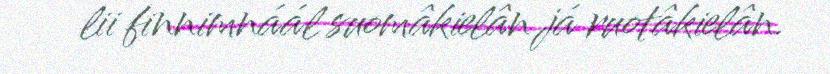
lii finnimnáál suomâkielân já ruotâkielân.